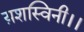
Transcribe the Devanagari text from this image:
य़शस्विनी।।